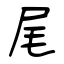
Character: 尾